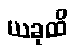
ယခုထိ